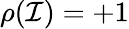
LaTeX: \rho(\mathcal{I})=+1